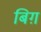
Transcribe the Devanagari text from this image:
बिग़